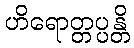
ဟိရောတ္တပ္ပန္တိ